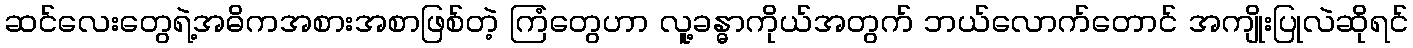
ဆင်လေးတွေရဲ့အဓိကအစားအစာဖြစ်တဲ့ ကြံတွေဟာ လူ့ခန္ဓာကိုယ်အတွက် ဘယ်လောက်တောင် အကျိုးပြုလဲဆိုရင်